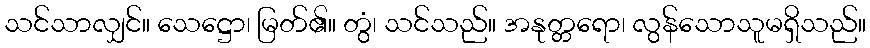
သင်သာလျှင်။ သေဋ္ဌော၊ မြတ်၏။ တွံ၊ သင်သည်။ အနုတ္တရော၊ လွန်သောသူမရှိသည်။